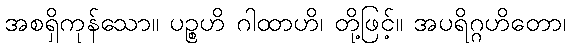
အစရှိကုန်သော။ ပဉ္စဟိ ဂါထာဟိ၊ တို့ဖြင့်။ အပရိဂ္ဂဟိတော၊